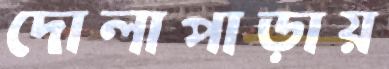
দোলাপাড়ায়